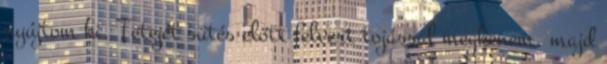
nyújtom ki. Tetejét sütés előtt felvert tojással megkenem, majd